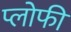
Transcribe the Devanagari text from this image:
प्लोफी